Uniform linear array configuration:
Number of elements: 12
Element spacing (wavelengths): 0.25
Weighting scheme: hann
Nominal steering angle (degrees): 30
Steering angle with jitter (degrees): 30.741
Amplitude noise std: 0.05
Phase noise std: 0.05

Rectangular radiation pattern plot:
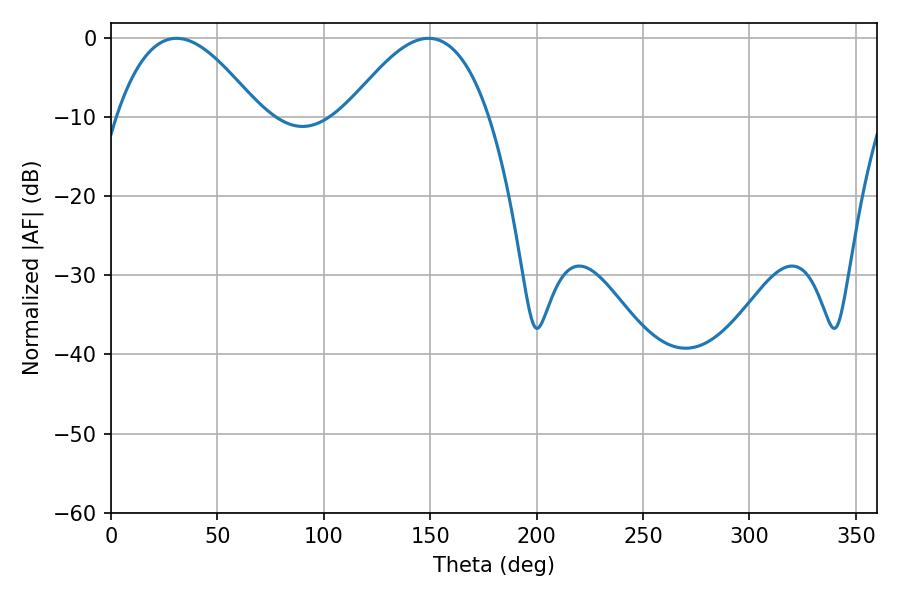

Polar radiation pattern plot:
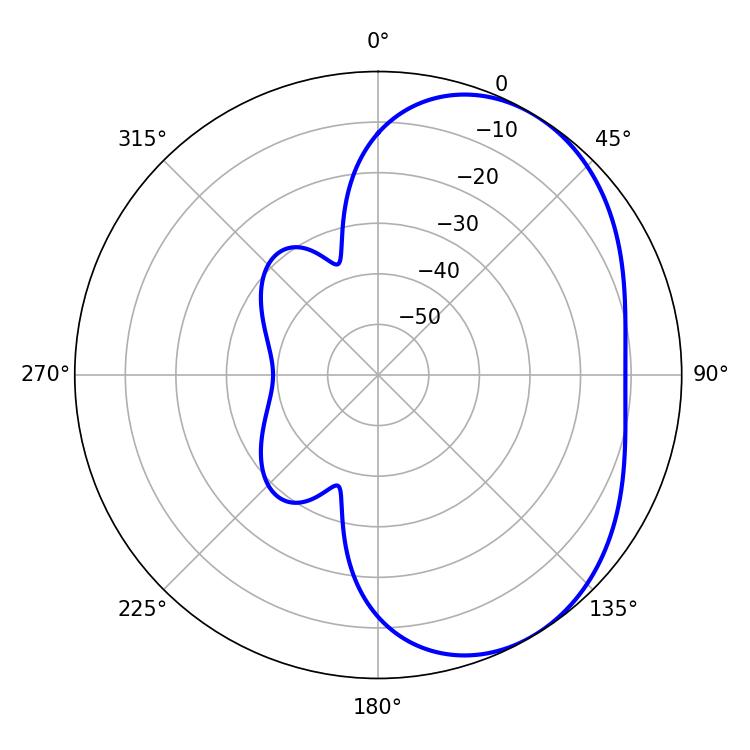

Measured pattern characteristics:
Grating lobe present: FALSE
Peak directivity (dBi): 4.011
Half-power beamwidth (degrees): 36.72
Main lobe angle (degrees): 30.78